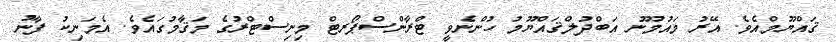
ޤައްޔޫމްއެވެ. އޭރު މައުމޫނު އަބްދުލްޤައްޔޫމު ހުންނެވީ ޓްރާންސްޕޯރޓް މިނިސްޓްރުގެ މަޤާމުގައެވެ. އެމަނިކު ފާނު